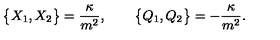
\big \{ X _ { 1 } , X _ { 2 } \big \} = \frac { \kappa } { m ^ { 2 } } , \qquad \big \{ Q _ { 1 } , Q _ { 2 } \big \} = - \frac { \kappa } { m ^ { 2 } } .